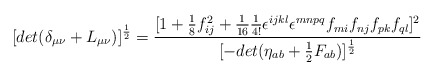
\begin{align*}[det(\delta_{\mu\nu}+L_{\mu\nu})]^{\frac{1}{2}}=\frac{[1+\frac{1}{8}f_{ij}^2+\frac{1}{16}\frac{1}{4!}\epsilon^{ijkl}\epsilon^{mnpq}f_{mi}f_{nj}f_{pk}f_{ql}]^2}{[-det(\eta_{ab}+\frac{1}{2}F_{ab})]^{\frac{1}{2}}}\end{align*}